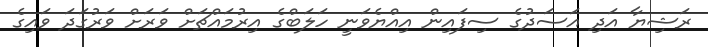
ރަޝިޔާ އަދި އަސަދުގެ ސިފައިން އިއްޔެވަނީ ހަލަބްގެ އިރުމައްޗަށް ވަރަށް ވަރުގަދަ ވައިގެ